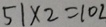
5 1 \times 2 = 1 0 2